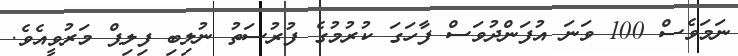
ނަމަވެސް 100 ވަނަ އުފަންދުވަސް ފާހަގަ ކުރުމުގެ ފުރުސަތު ނުލިބި ފިލިޕް މަރުވީއެވެ.